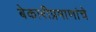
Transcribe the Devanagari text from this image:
बेकारीप्रमाणांचे